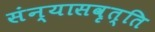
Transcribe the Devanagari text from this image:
संन्यासवृत्ति